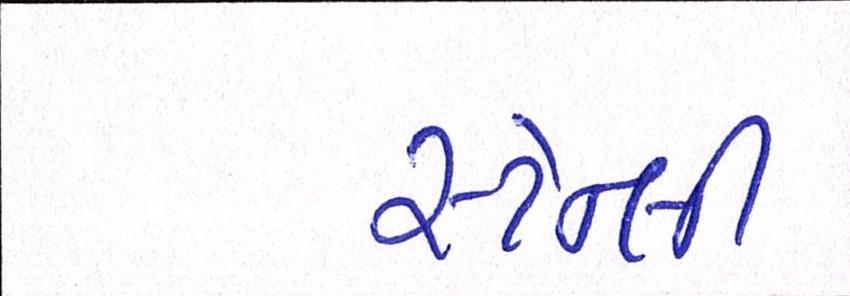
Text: સ્ટેન્લી